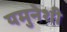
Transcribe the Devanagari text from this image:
यमुनेशी